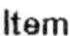
ITEM